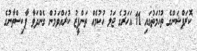
ކޮރަޕްޝަންގެ ތުހުމަތުގައި 11 އަހަރުގެ ޖަލު ހުކުމެއް ތަންފީޒު ކުރައްވަމުން ގެންދަވާ ޕާކިސްތާނުގެ